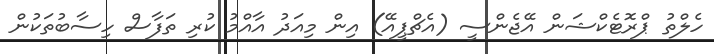
ހެލްތު ޕްރޮޓެކްޝަން އޭޖެންސީ (އެޗްޕީއޭ) އިން މިއަދު އާއްމު ކުރި ތަފާސް ހިސާބުތަކުން